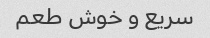
سریع و خوش طعم